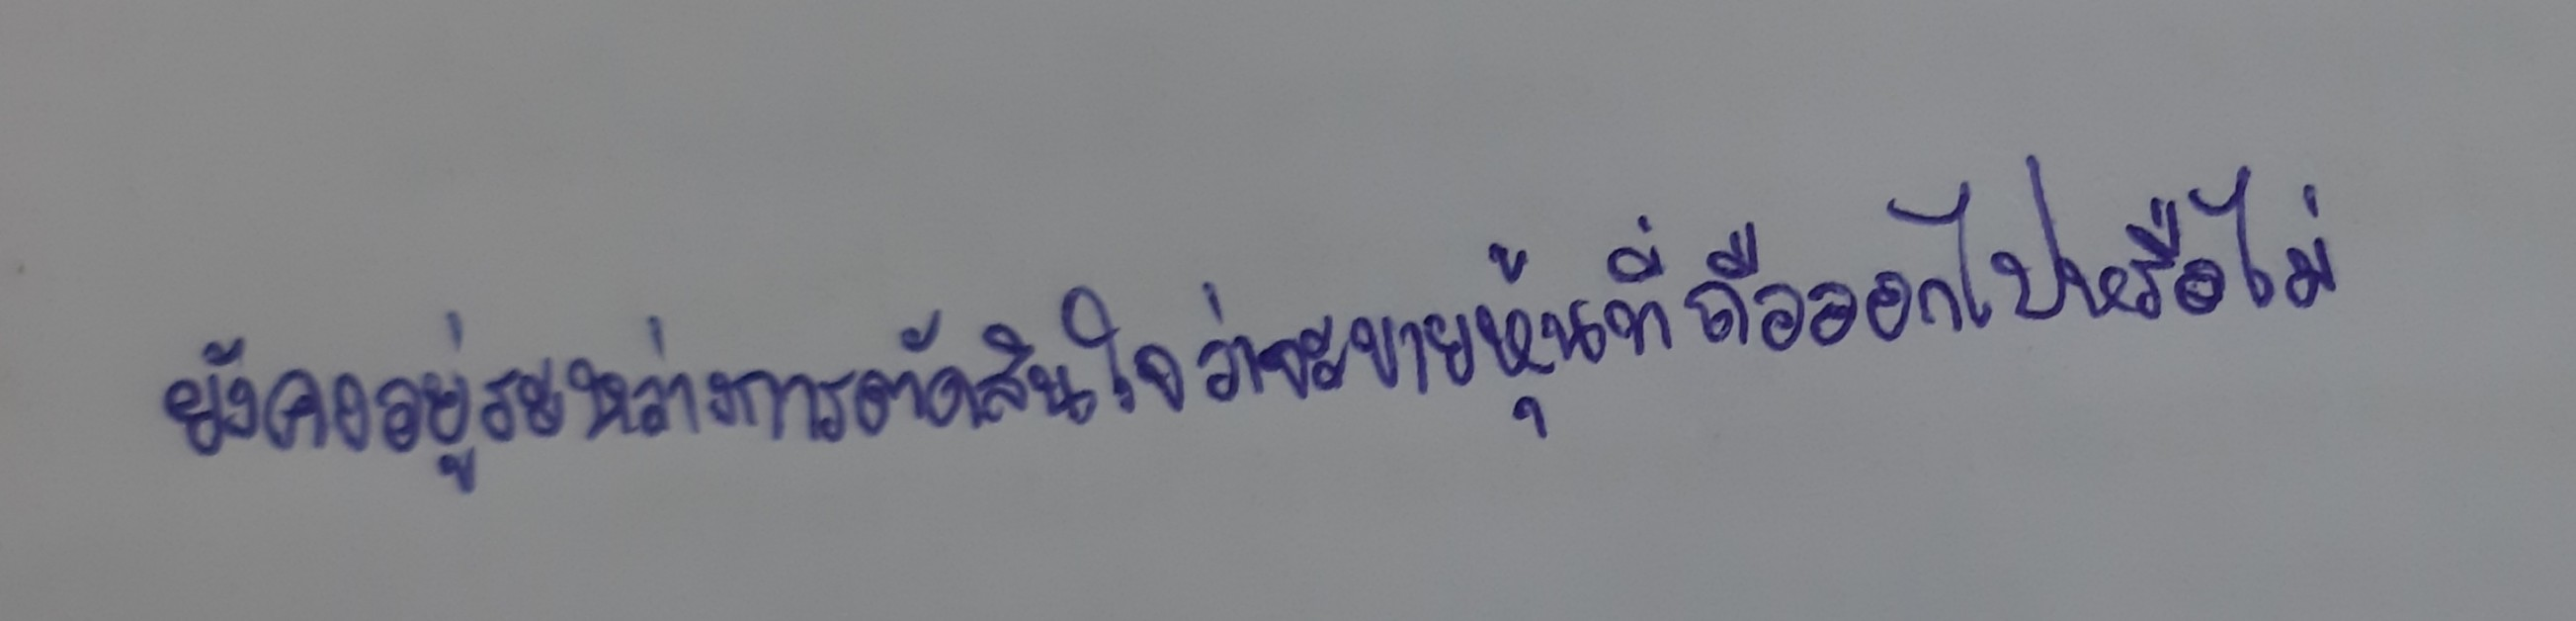
ยังคงอยู่ระหว่างการตัดสินใจว่าจะขายหุ้นที่ถืออยู่ออกไปหรือไม่